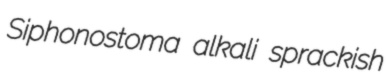
Siphonostoma alkali sprackish